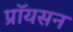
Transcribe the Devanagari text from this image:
प्रॉयसन